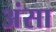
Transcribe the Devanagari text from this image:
अंसा